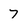
Character: 7